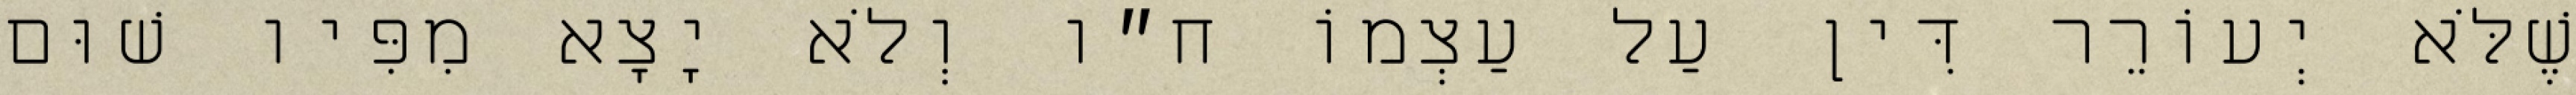
שֶׁלֹּא יְעוֹרֵר דִּין עַל עַצְמוֹ ח״ו וְלֹא יָצָא מִפִּיו שׁוּם